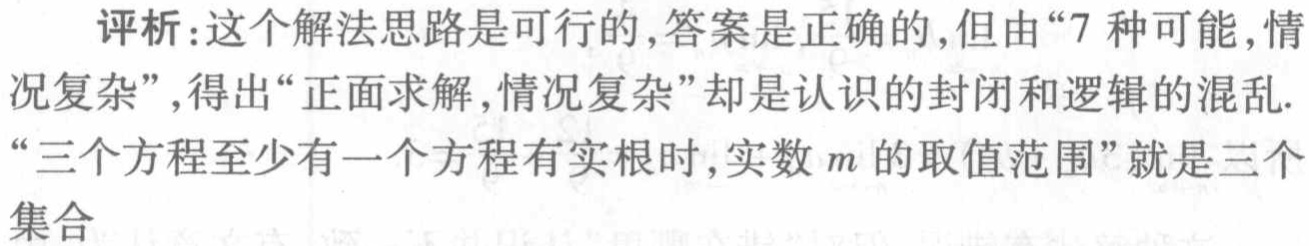
评析:这个解法思路是可行的,答案是正确的,但由“7 种可能,情

况复杂”,得出“正面求解,情况复杂”却是认识的封闭和逻辑的混乱.

“三个方程至少有一个方程有实根时,实数\(m\)的取值范围”就是三个

集合